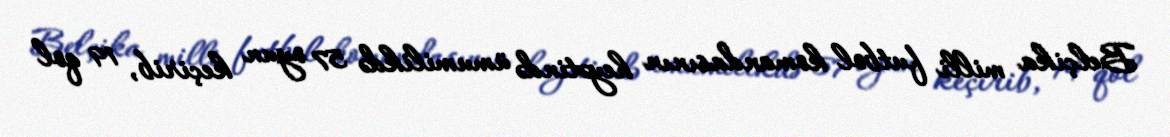
Belçika milli futbol komandasının heyətində ümumilikdə 57 oyun keçirib, 19 qol